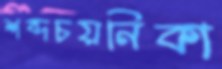
শব্দচয়নিকা